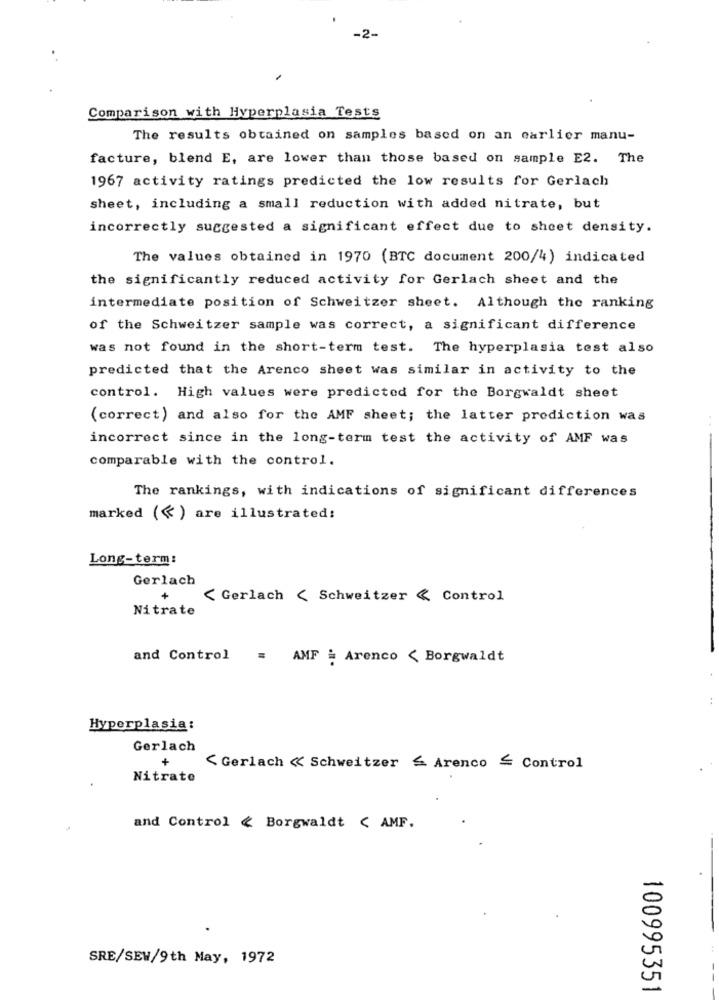
-2.
Comparison with Hyperplasia Tests
The results obtained on samples based on an earlier manu-
facture, blend E, are lower than those based on sample E2. The
1967 activity ratings predicted the low results for Gerlach
sheet, including a small reduction with added nitrate, but
incorrectly suggested a significant effect due to sheet density.
The values obtained in 1970 (BTC document 200/4) indicated
the significantly reduced activity for Gerlach sheet and the
intermediate position of Schweitzer sheet. Although the ranking
of the Schweitzer sample was correct, a significant difference
was not found in the short-term test. The hyperplasia test also
predicted that the Arenco sheet was similar in activity to the
control. High values were predicted for the Borgwaldt sheet
(correct) and also for the AMF sheet; the latter prediction was
incorrect since in the long-term test the activity of AMF was
comparable with the control.
The rankings, with indications of significant differences
marked (<) are illustrated!
Long-term:
Gerlach
+
< Gerlach < Schweitzer < Control
and Control
= AMF = Arenco < Borgwaldt
Hyperplasia:
Gerlach
+
< Gerlach < Schweitzer & Arenco = Control
Nitrate
and Control & Borgwaldt ( AMF.
SRE/SEW/9th May, 1972
100995351